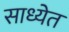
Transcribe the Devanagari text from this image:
साध्येत